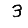
Digit: 3